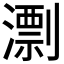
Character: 𣿖